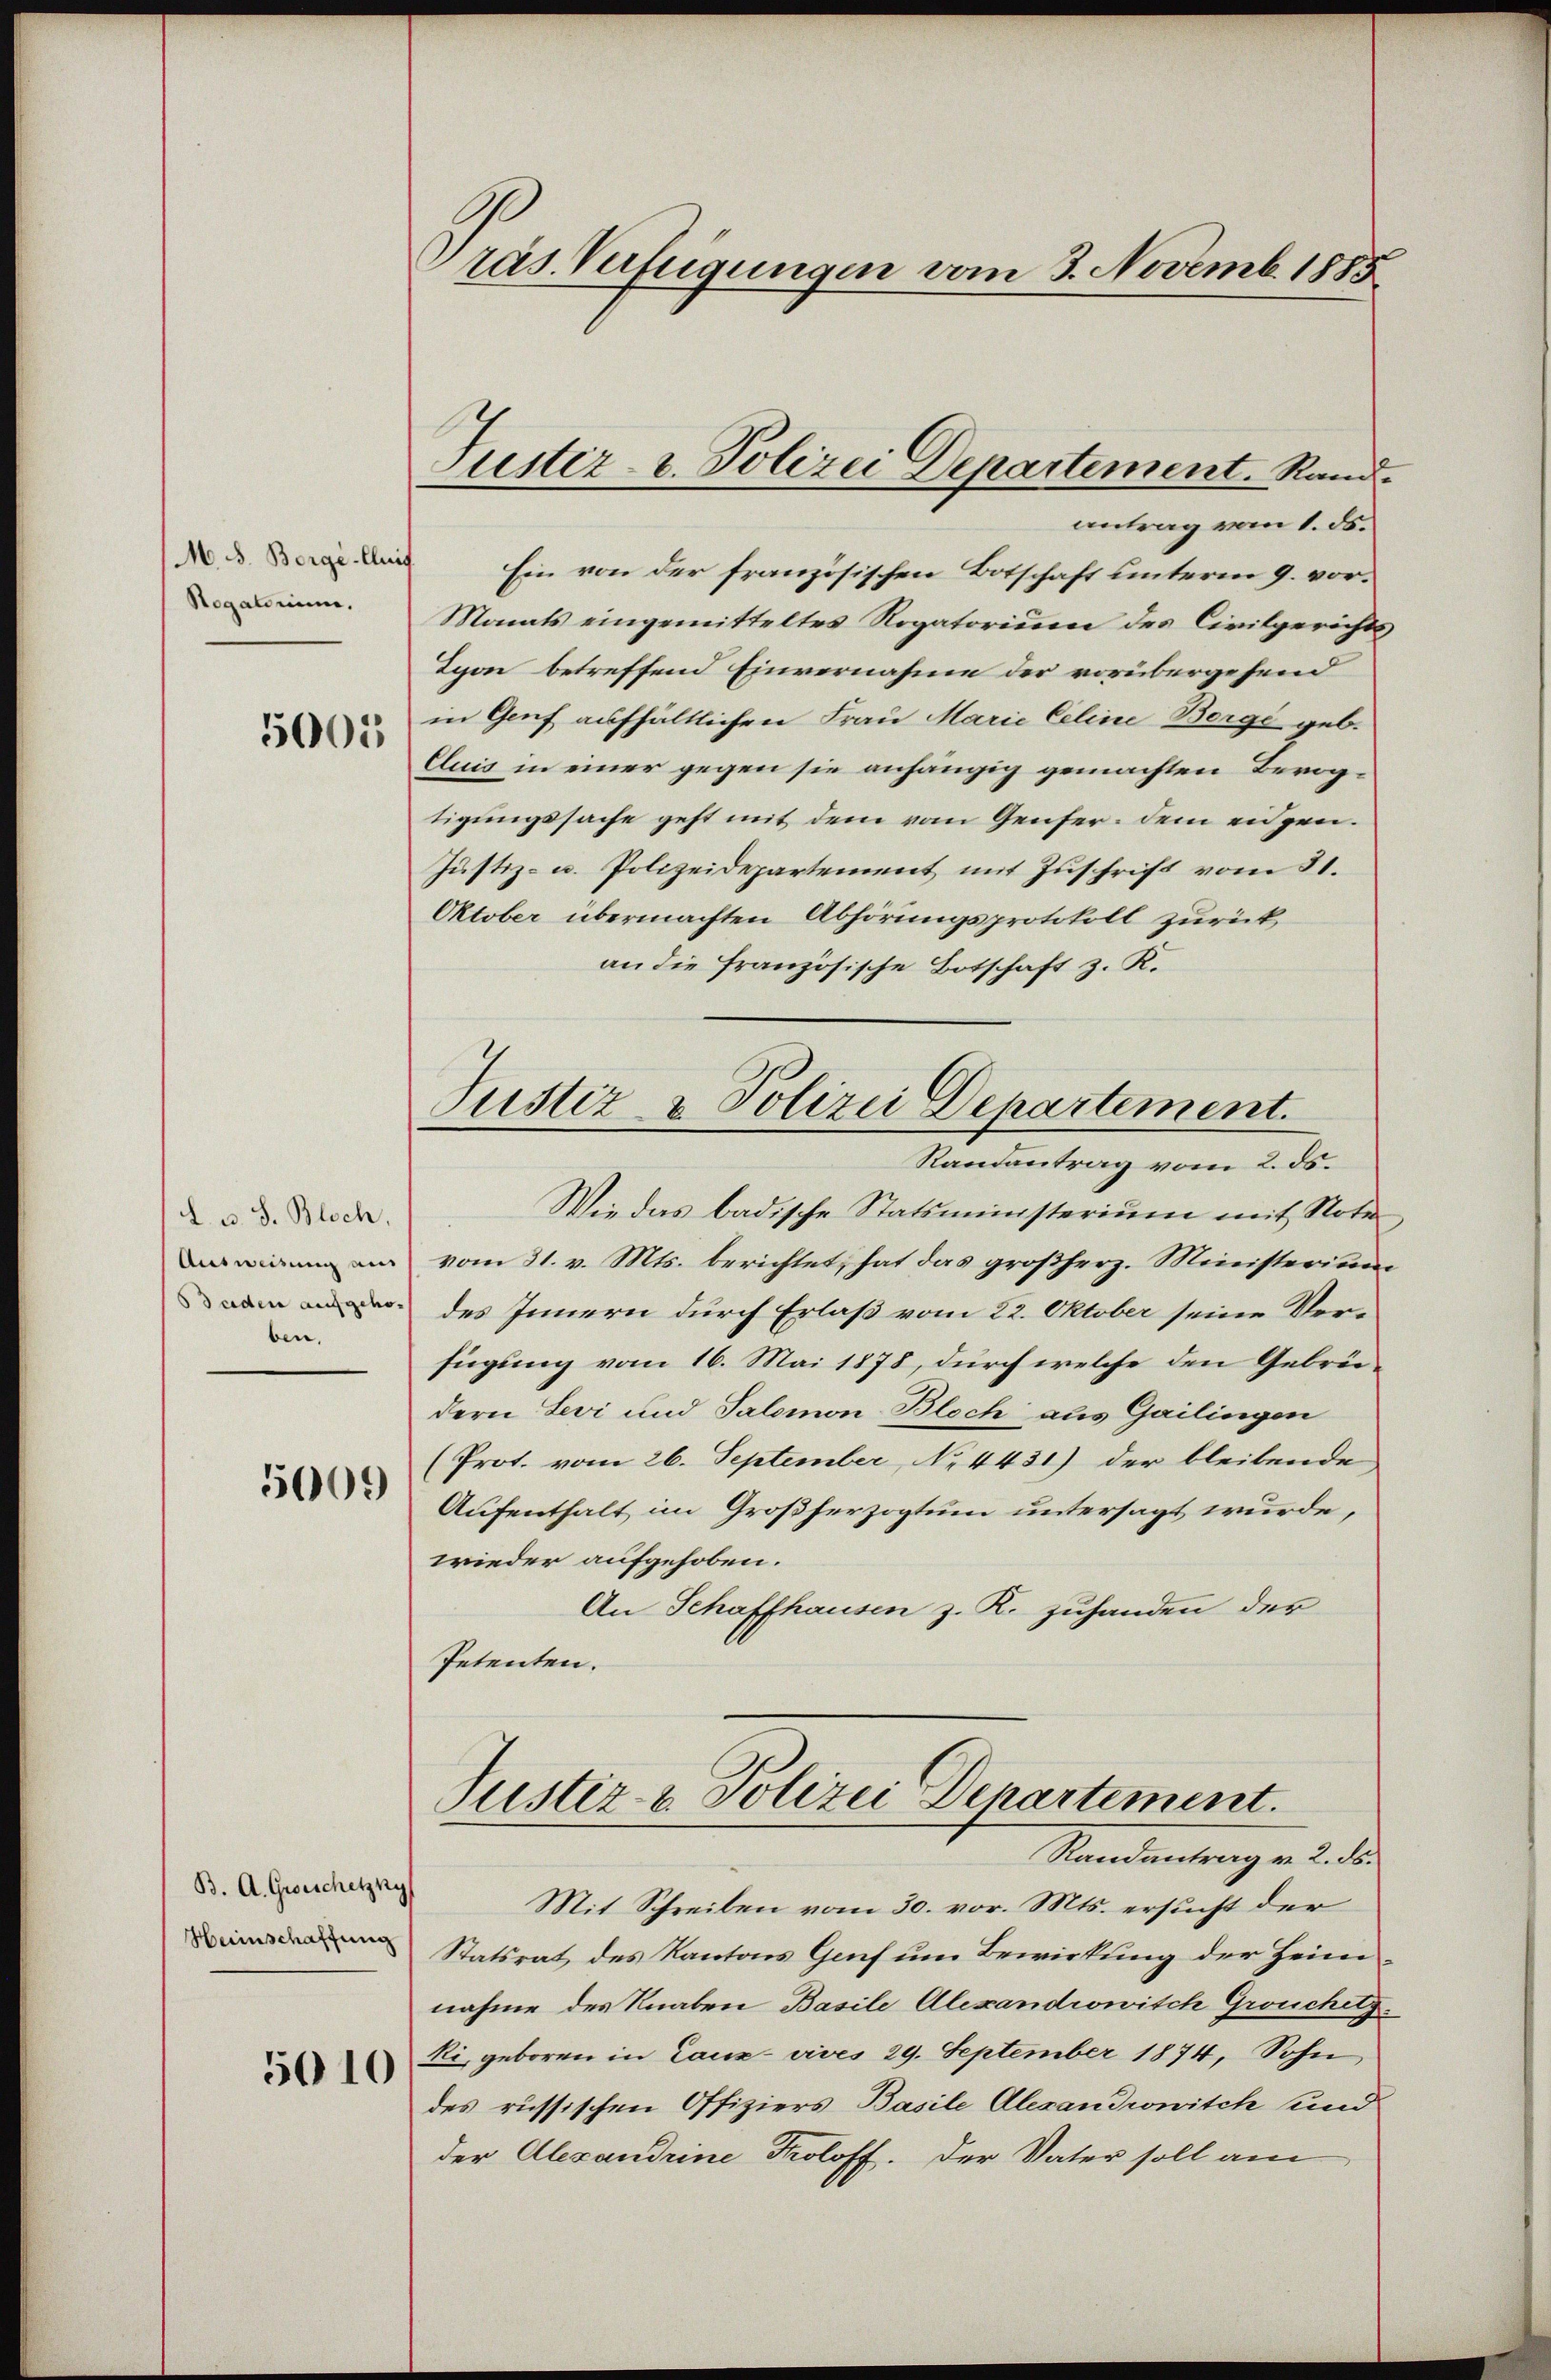
M. J. Borgé-Cluif
Rogatorium.
5005

d. u. S. Bloch.
Ausweisung aus
Baden aufgehoben.
5009

B. A. Grosschetzky
Heiinschaffung

5010

räs. Verfügungen vom 3. Novemb. 1885

Justiz- u. Polizei Departement. Rand.

antrag vom 1. ds.
Ein von der französischen Botschaft unterm 9. vor.
Monats eingemitteltes Rogatorium des Civilgerichts
Lyon betreffend Einvernahme der vorübergehend
in Genf aufhältlichen Frau Marie Celine Borge geb.
Cluis in einer gegen sie anhängig gemachten Bevogtigungssache geht mit dem vom Genfer dem eidgen.
Justiz- u. Polizeidepartement mit Zuschrift vom 31.
Oktober übermachten Abhörungsprotokoll zurück
an die französische Botschaft z. K.
Randantrag vom 2. ds.
Wie das badische Statsministerium mit Noter
vom 31. v. Mts. berichtet, hat das großherz. Ministerium
des Innern durch Erlaß vom 22. Oktober seine Verfügung vom 16. Mai 1878, durch welche den Gebrüdern Levi und Salomon-Bloch aus Gailingen
(Prot. vom 26. September, No 4431) der bleibende
Aufenthalt im Großherzogtum untersagt wurde,
wieder aufgehoben.
An Schaffhausen z. K. zuhanden der
Petenten.
Justiz- & Polizei Departement.
Randantrag v. 2. ds.
Mit Schreiben vom 30. vor. Mts. ersucht der
Statsrat des Kantons Genf um Bewirkung der Heim
nahme des Knaben Basile Alexandrowisch Grouchetz.
ki, geboren in Laux- vives 29. September 1874, Sohn
des russischen Offiziers Basile Alexandrowitsch und
der Alexandrine Proloff. Der Vater soll am

Justiz & Polizei Departement.